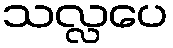
သလ္လပေ